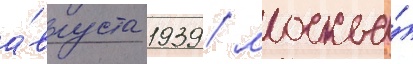
а́вгуста 1939 / москва́